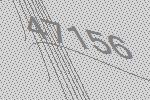
47156